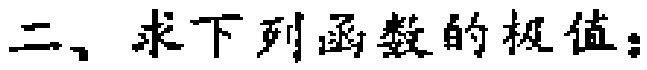
二、求下列函数的极值：